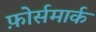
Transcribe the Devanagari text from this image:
फ़ोर्समार्क